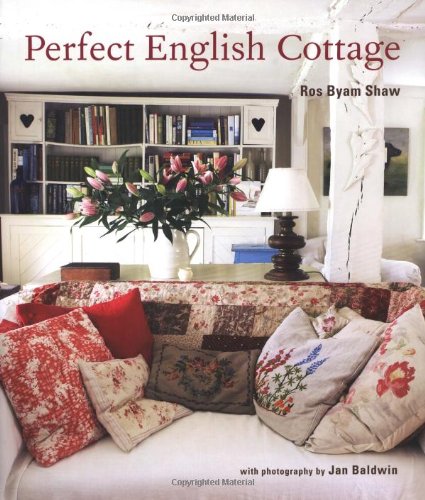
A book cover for Perfect English Cottage; Ros Byam Shaw; Crafts, Hobbies & Home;